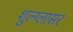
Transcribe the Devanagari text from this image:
शुल्‍ग्‍लासर